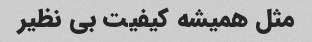
مثل همیشه کیفیت بی نظیر